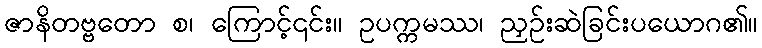
ဇာနိတဗ္ဗတော စ၊ ကြောင့်၎င်း။ ဥပက္ကမဿ၊ ညှဉ်းဆဲခြင်းပယောဂ၏။